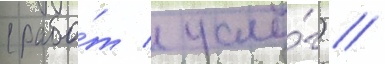
(рабо́т / услу́г) //